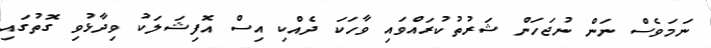
ނަމަވެސް ނަން ނުޖަހަން ޝަރުތުކުރައްވައި ވާހަކަ ދެއްކި އިސް އޮފިޝަލަކު ވިދާޅުވި ގޮތުގައި